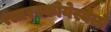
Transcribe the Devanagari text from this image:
त्सारस्कोयेस्येलो